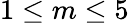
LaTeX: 1\le m\le 5